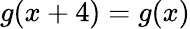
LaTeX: g(x+4)=g(x)